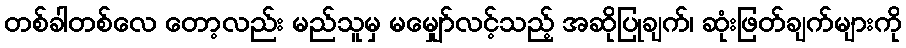
တစ်ခါတစ်လေ တော့လည်း မည်သူမှ မမျှော်လင့်သည့် အဆိုပြုချက်၊ ဆုံးဖြတ်ချက်များကို